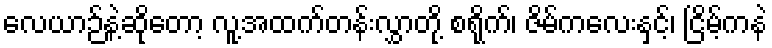
လေယာဉ်နဲ့ဆိုတော့ လူ့အထက်တန်းလွှာတို့ စရိုက်၊ ဇိမ်ကလေးနှင့်၊ ငြိမ့်ကနဲ